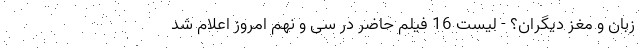
زبان و مغز دیگران؟ - لیست 16 فیلم حاضر در سی و نهم امروز اعلام شد